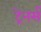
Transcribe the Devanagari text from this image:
ट्रेनर्स